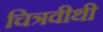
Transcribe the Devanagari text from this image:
चित्रवीथी